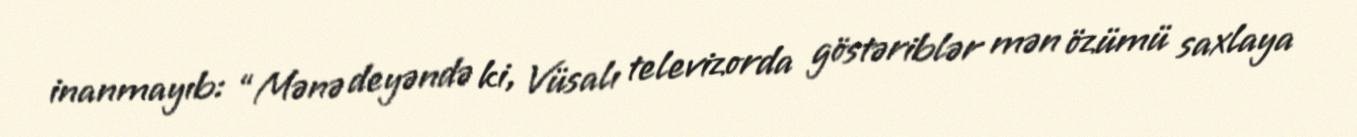
inanmayıb: “Mənə deyəndə ki, Vüsalı televizorda göstəriblər mən özümü saxlaya